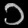
Digit: ၁